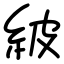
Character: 紴